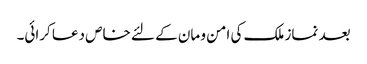
بعد نماز ملک کی امن و مان کے لئے خاص دعا کرائی۔